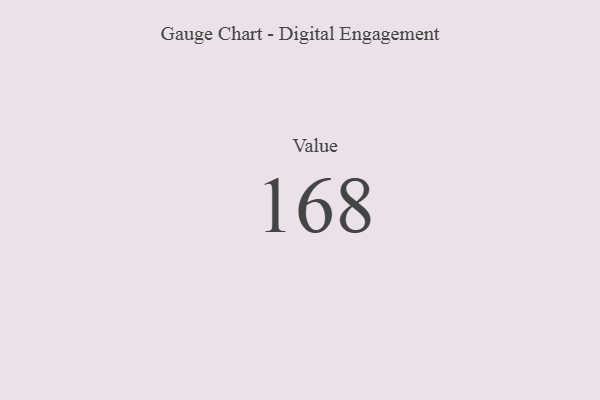
{"axis": {"x": "Metric", "y": "Value"}, "legend": [""], "data": [{"x": "Value", "y": 168, "type": ""}]}